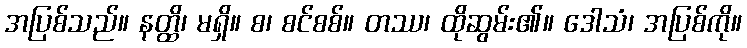
အပြစ်သည်။ နတ္ထိ၊ မရှိ။ စ၊ စင်စစ်။ တဿ၊ ထိုဆွမ်း၏။ ဒေါသံ၊ အပြစ်ကို။